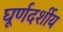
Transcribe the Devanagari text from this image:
घूर्णदर्शीय